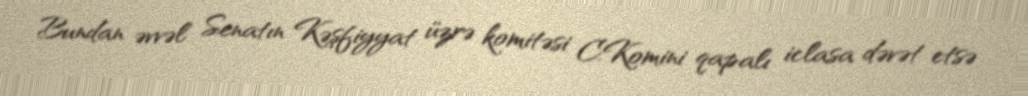
Bundan əvvəl Senatın Kəşfiyyat üzrə komitəsi C.Komini qapalı iclasa dəvət etsə